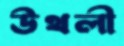
উথলী